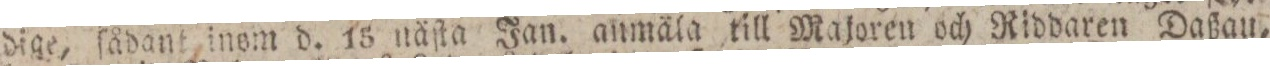
dige, ſådant inom d. 15 näſta Jan. anmäla till Majoren och Riddaren Daßau,